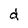
Character: d